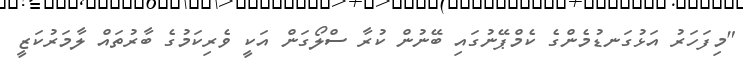
"މިފަހަރު އަޅުގަނޑުމެންގެ ކެމްޕޭނުގައި ބޭނުން ކުރާ ސްލޯގަން އަކީ ވެރިކަމުގެ ބާރުތައް ލާމަރުކަޒީ